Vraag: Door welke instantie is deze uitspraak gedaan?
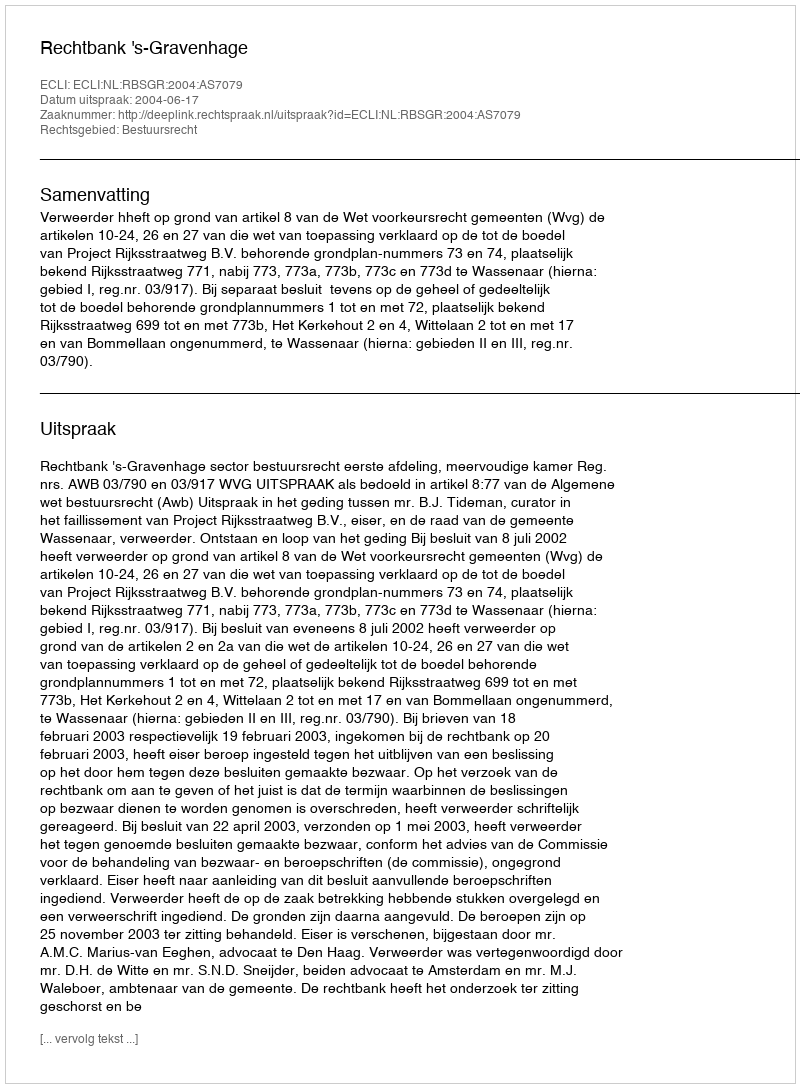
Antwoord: Rechtbank 's-Gravenhage